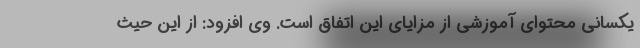
یکسانی محتوای آموزشی از مزایای این اتفاق است. وی افزود: از این حیث